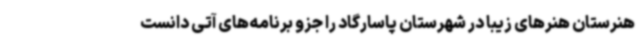
هنرستان هنرهای زیبا در شهرستان پاسارگاد را جزو برنامه‌های آتی دانست